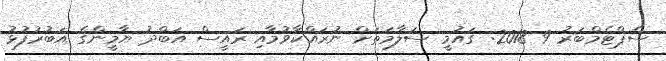
ސެޕްޓެމްބަރު 9 2018: ގައުމީ ސަލާމަތަށް ނުރައްކާވުމާއި ރައީސް އަބްދު ޔާމީންގެ އަބުރުފުޅު